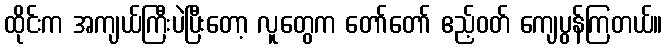
ထိုင်းက အကျယ်ကြီးပဲပြီးတော့ လူတွေက တော်တော် ဧည့်ဝတ် ကျေပွန်ကြတယ်။